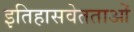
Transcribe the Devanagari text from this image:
इतिहासवेतताओं